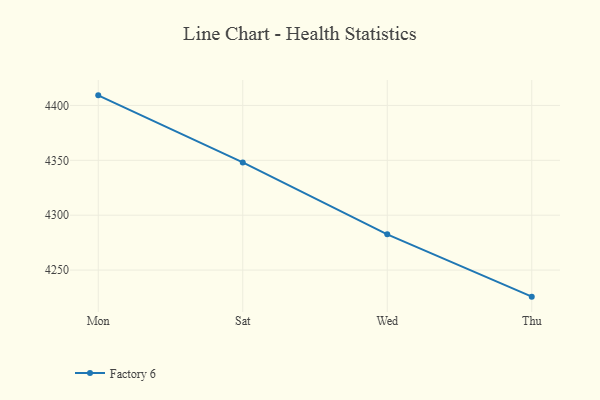
{"axis": {"x": "Day", "y": "Website Visitors"}, "legend": ["Factory 6"], "data": [{"x": "Mon", "y": 4409.2, "type": "Factory 6"}, {"x": "Sat", "y": 4348.1, "type": "Factory 6"}, {"x": "Wed", "y": 4282.6, "type": "Factory 6"}, {"x": "Thu", "y": 4225.8, "type": "Factory 6"}]}